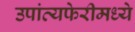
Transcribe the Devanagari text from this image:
उपांत्यफेरीमध्ये